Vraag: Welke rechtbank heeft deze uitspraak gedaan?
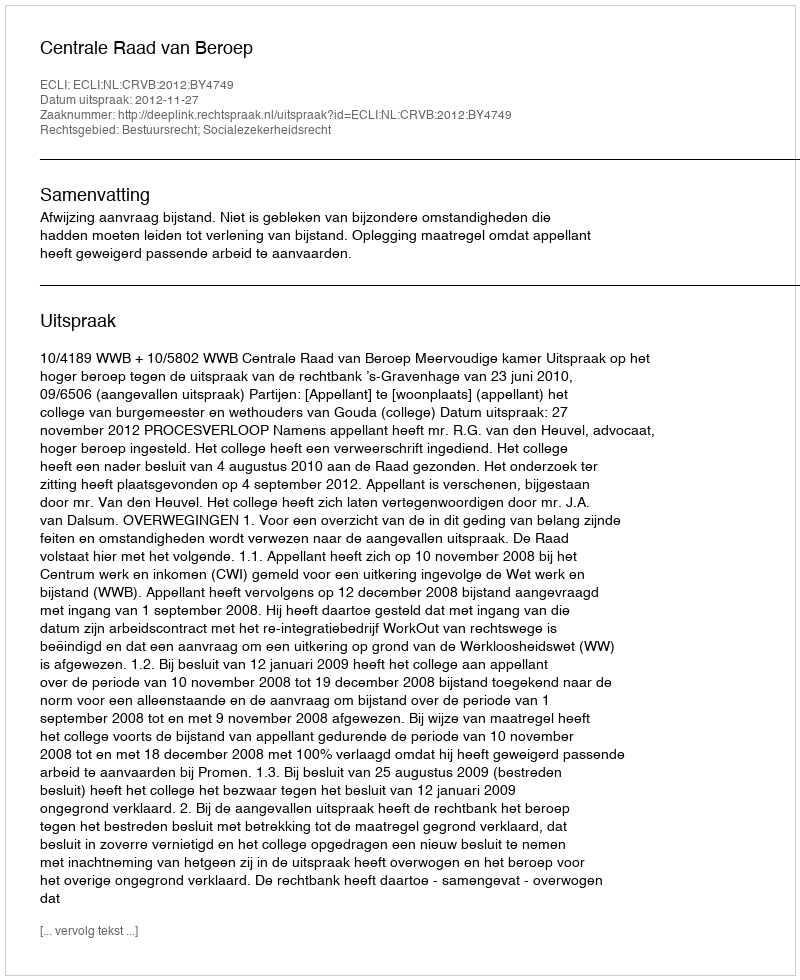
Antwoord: Centrale Raad van Beroep